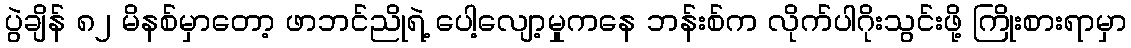
ပွဲချိန် ၈၂ မိနစ်မှာတော့ ဖာဘင်ညိုရဲ့ ပေါ့လျော့မှုကနေ ဘန်းစ်က လိုက်ပါဂိုးသွင်းဖို့ ကြိုးစားရာမှာ